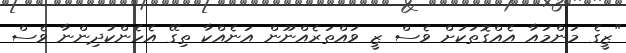
"ޒީގެ މަންމައާ އެއްގޮތަކަށް ވެސް ޒީ ވައްތަރެއްނޫން އަނެއްކާ ތިގޭ އެހެންކުދިންނާ ވެސް